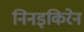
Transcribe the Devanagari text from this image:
निनइकिरेन